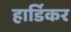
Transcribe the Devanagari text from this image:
हार्डिकर